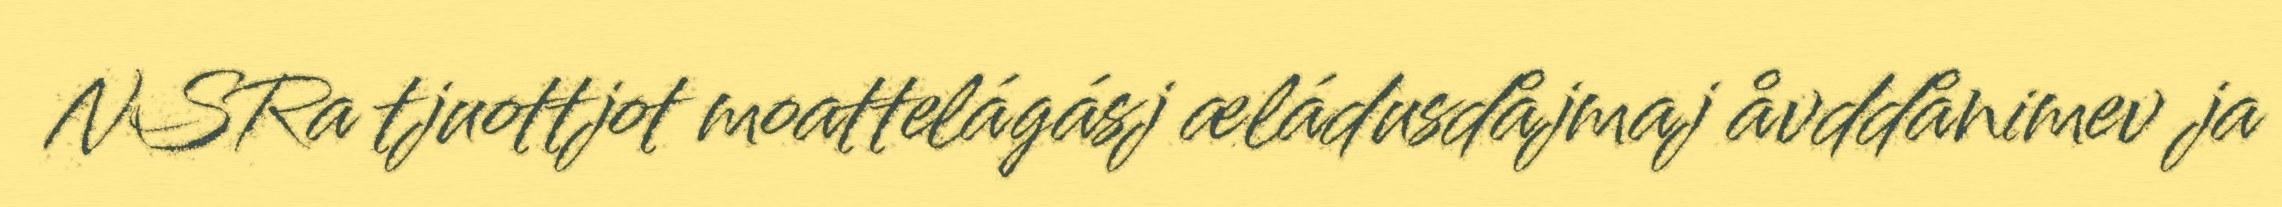
NSRa tjuottjot moattelágásj æládusdåjmaj åvddånimev ja